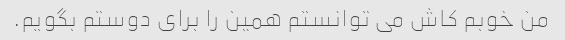
من خوبم کاش می توانستم همین را برای دوستم بگویم.